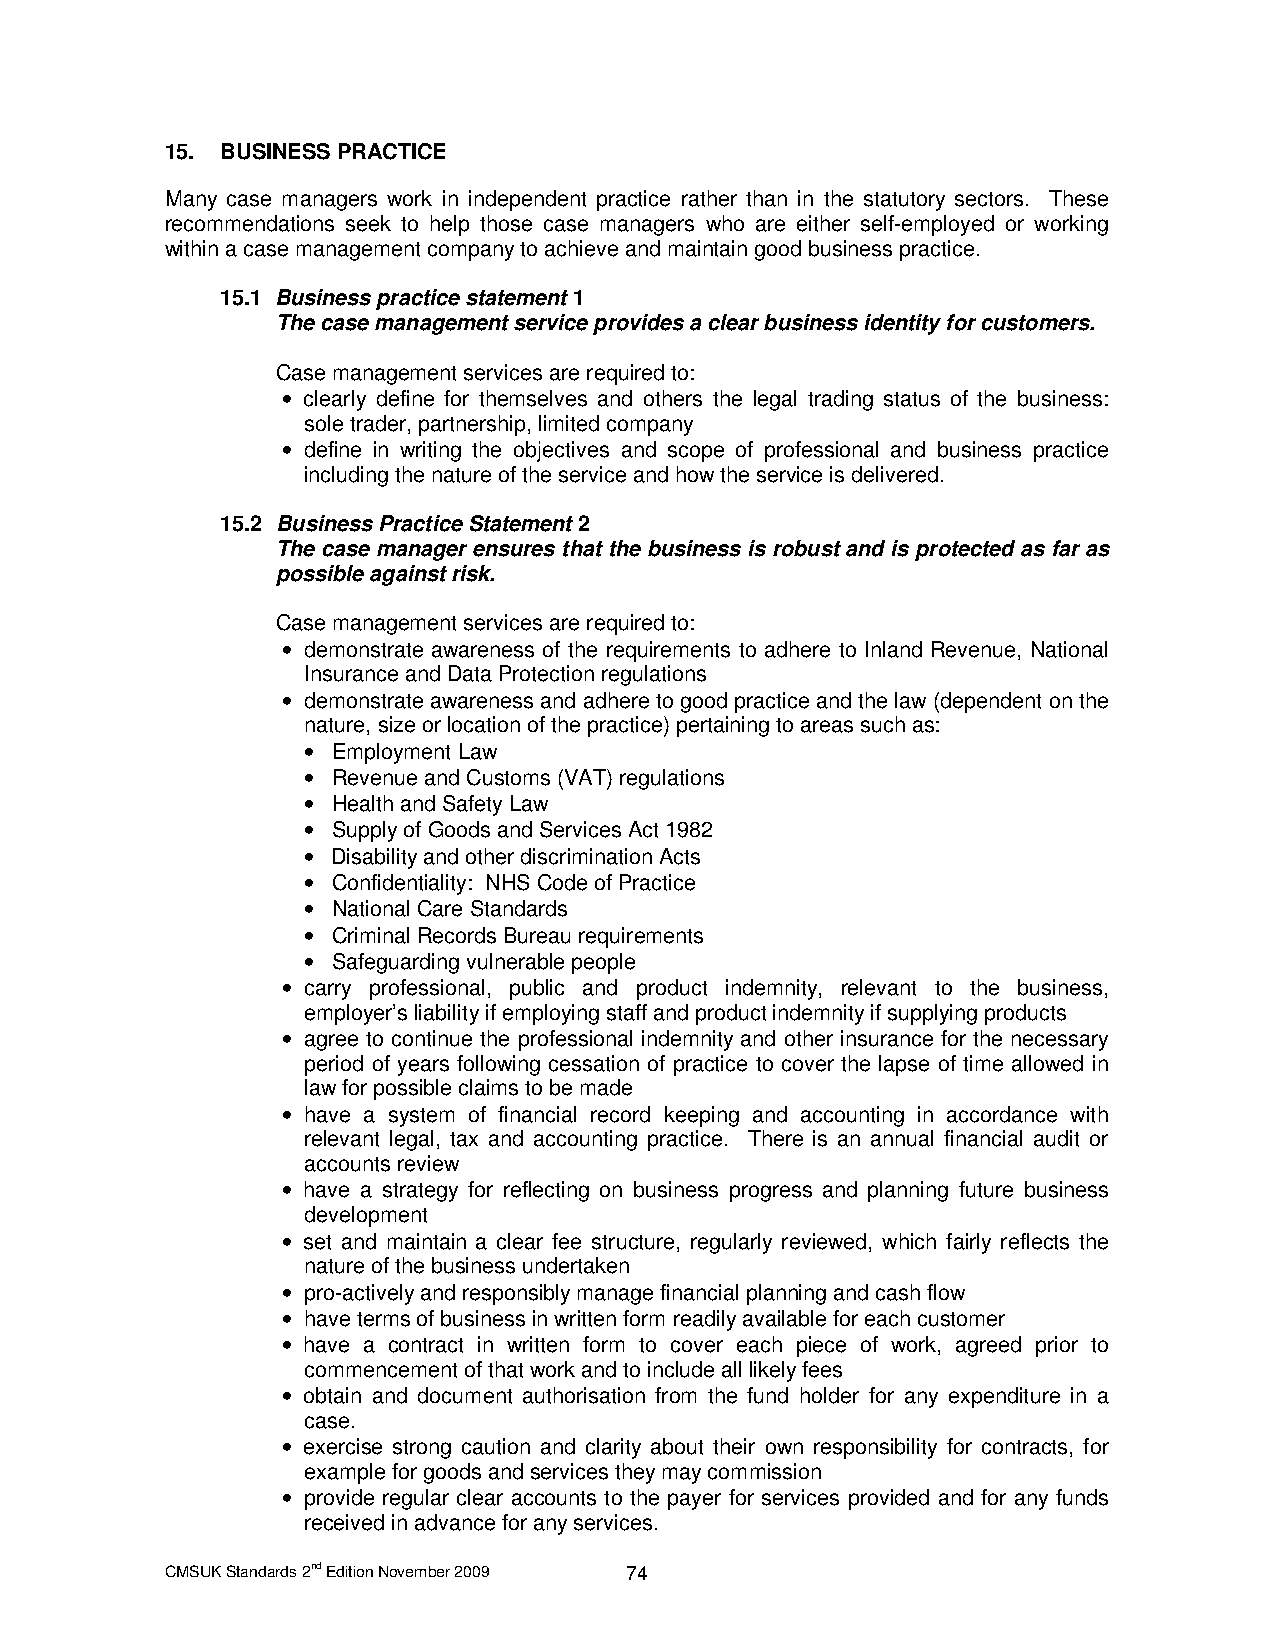
15. BUSINESS PRACTICE
 Many case managers work in independent practice rather than in the statutory sectors. These
 recommendations seek to help those case managers who are either self-employed or working
 within a case management company to achieve and maintain good business practice.
 15.1 Business practice statement 1
 The case management service provides a clear business identity for customers.
 Case management services are required to:
 • clearly define for themselves and others the legal trading status of the business:
 sole trader, partnership, limited company
 • define in writing the objectives and scope of professional and business practice
 including the nature of the service and how the service is delivered.
 15.2 Business Practice Statement 2
 The case manager ensures that the business is robust and is protected as far as
 possible against risk.
 Case management services are required to:
 • demonstrate awareness of the requirements to adhere to Inland Revenue, National
 Insurance and Data Protection regulations
 • demonstrate awareness and adhere to good practice and the law (dependent on the
 nature, size or location of the practice) pertaining to areas such as:
 • Employment Law
 • Revenue and Customs (VAT) regulations
 • Health and Safety Law
 • Supply of Goods and Services Act 1982
 • Disability and other discrimination Acts
 • Confidentiality: NHS Code of Practice
 • National Care Standards
 • Criminal Records Bureau requirements
 • Safeguarding vulnerable people
 • carry professional, public and product indemnity, relevant to the business,
 employer’s liability if employing staff and product indemnity if supplying products
 • agree to continue the professional indemnity and other insurance for the necessary
 period of years following cessation of practice to cover the lapse of time allowed in
 law for possible claims to be made
 • have a system of financial record keeping and accounting in accordance with
 relevant legal, tax and accounting practice. There is an annual financial audit or
 accounts review
 • have a strategy for reflecting on business progress and planning future business
 development
 • set and maintain a clear fee structure, regularly reviewed, which fairly reflects the
 nature of the business undertaken
 • pro-actively and responsibly manage financial planning and cash flow
 • have terms of business in written form readily available for each customer
 • have a contract in written form to cover each piece of work, agreed prior to
 commencement of that work and to include all likely fees
 • obtain and document authorisation from the fund holder for any expenditure in a
 case.
 • exercise strong caution and clarity about their own responsibility for contracts, for
 example for goods and services they may commission
 • provide regular clear accounts to the payer for services provided and for any funds
 received in advance for any services.
 CMSUK Standards 2nd Edition November 2009 74